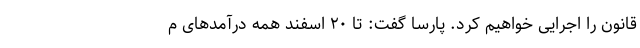
قانون را اجرایی خواهیم کرد. پارسا گفت: تا ۲۰ اسفند همه درآمدهای م